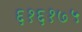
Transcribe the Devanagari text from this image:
६१६१७५